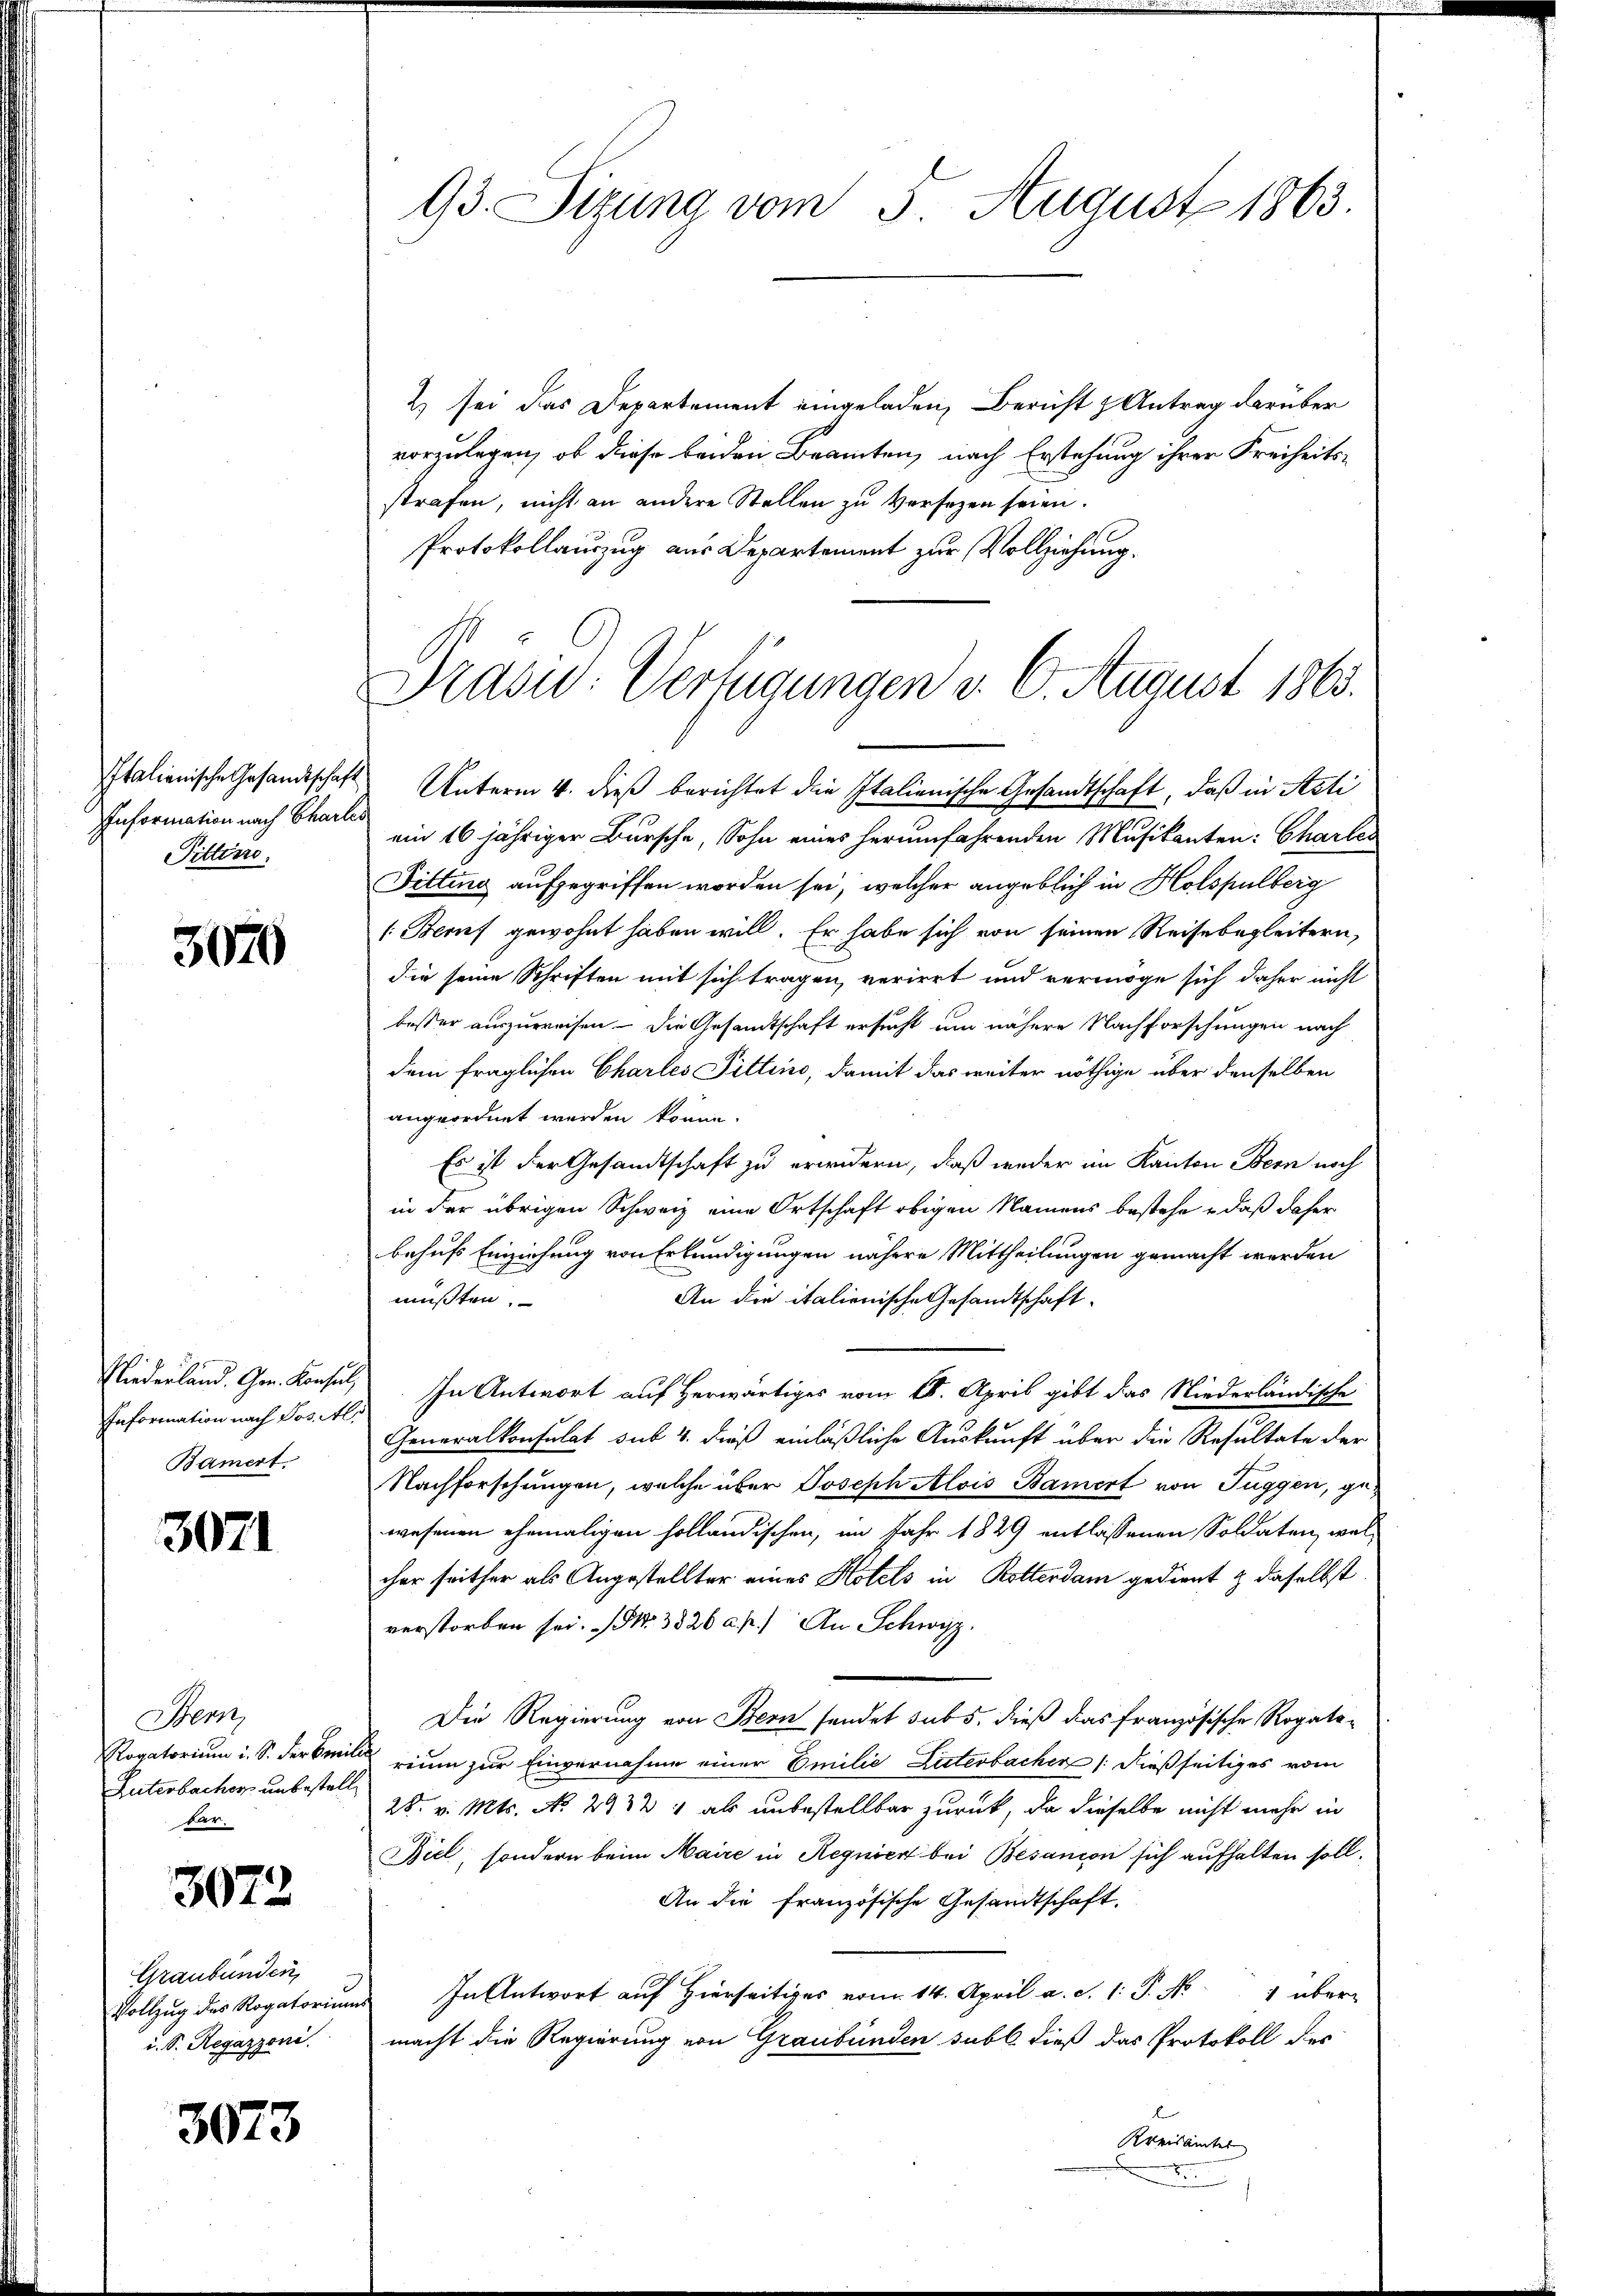
Information nach Charlis
Pitten.

3020

Information nach Jos. Als
Bamert.

3071

Bern
Suterbacher unbestelle
dar.

3072

Graubünden,
Vollzug des Rogatorium
u. S. Regazzoni.

3073

93. Sizung vom 5. August 1863.

2) sei das Departement eingeladen, Bericht & Antrag darüber
vorzulegen, ob diese beiden Beamten, nach Erstehung ihrer Freiheitsstrafen, nicht an andere Stellen zu versetzen seien.
Protokollauszug aus Departement zur Vollziehung.
Italienische Gesandtschaft Unterm 4. dieß berichtet die Italienische Gesandtschaft, daß in Acti
ein 16 jähriger Bursche, Sohn eines herumfahrenden Musikanten: Charter
Fitting aufgegriffen worden sei, welcher angeblich in Holspulberg
1: Beruf gewohnt haben will. Er habe sich von seinen Reisebegleitern,
die seine Schriften mit sich tragen, verirrt und vermöge sich daher nicht
besser auszuweisen - die Gesandtschaft ersucht um nähere Nachforschungen nach
dem fraglichen Charlei Fittino, damit das weiter nöthige über denselben
angeordnet werden könne.
Es ist der Gesandtschaft zu erwidern, daß weder im Kanton Bern noch
in der übrigen Schweiz eine Ortschaft obigen Namens bestehe, daß daher
behufs Einziehung von Erkundigungen nähere Mittheilungen gemacht werden
müßten.
An die italienische Gesandtschaft¬
Niederland. Gr. Konsul, In Antwort auf herwärtiges vom 18. April gibt das Niederländische
Generalkonsulat sub. 4. dieß einläßliche Auskunft über die Resultate der
Nachforschungen, welche über Joseph Alois Bamort von Tuggen, gewesenen ehemaligen holländischen, im Jahr 1829 entlassenen Soldaten, welcher seither als Angestellter eines Hotels in Rotterdam gedient & daselbst.
verstorben sei. No. 3526 a. p.) An Schwyz.
Die Regierung von Bern sendet subs, dieß das französische Rogato-
Rogatorium i. S. Verbitrium zur Einvernahme einer Emilie Literbacher /: dießseitiges vom
28. v. Mts. No. 2932) als unbestellbar zurück, da dieselbe nicht mehr in
Biel, sondern beim Maire in Regnien bei Besanion sich aufhalten soll.
An die französische Gesandtschaft,
In Antwort auf Hierseits vom 14. April a. d. 1. P. No 1 über-
macht die Regierung von Graubünden subl. dieß das Protokoll der
Kreisamtes

Prasiv: Verfügungen v. 6. August 1865.